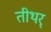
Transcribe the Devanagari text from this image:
तीथर्